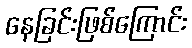
နေခြင်းဖြစ်ကြောင်း